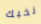
نخبك